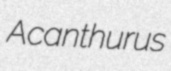
Acanthurus